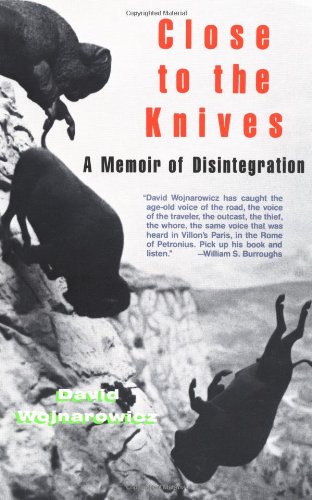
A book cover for Close to the Knives: A Memoir of Disintegration; David Wojnarowicz; Gay & Lesbian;